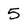
Character: 5